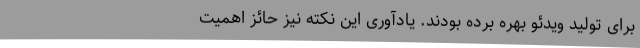
برای تولید ویدئو بهره برده بودند. یادآوری این نکته نیز حائز اهمیت